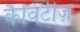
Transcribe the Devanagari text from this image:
कैविटीज़